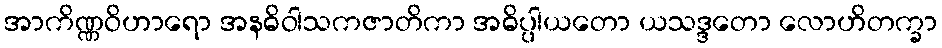
အာကိဏ္ဏဝိဟာရော အနဓိဝါသကဇာတိကာ အဓိပ္ပါယတော ယသဒ္ဒတော လောဟိတက္ခာ